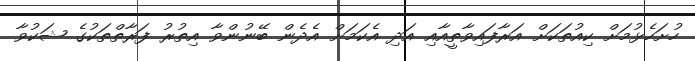
ހުށަހެޅުމަށް ކިއުތަކަށް އަރާފައިވާތީއާއި އަދި އެކަމަށް އެދެން ބޭނުންވާ އިތުރު ފަރާތްތަކުގެ ޝަކުވާ